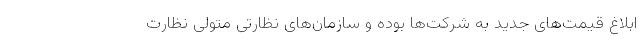
ابلاغ قیمت‌های جدید به شرکت‌ها بوده و سازمان‌های نظارتی متولی نظارت